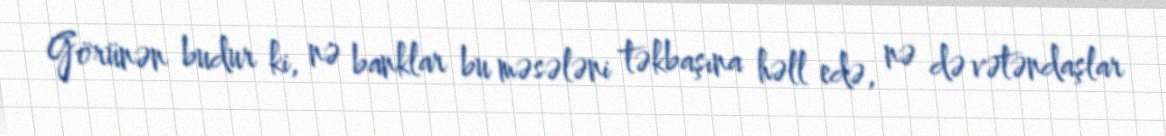
Görünən budur ki, nə banklar bu məsələni təkbaşına həll edə, nə də vətəndaşlar